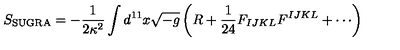
S _ { \mathrm { S U G R A } } = - { \frac { 1 } { 2 \kappa ^ { 2 } } } \int d ^ { 1 1 } x \sqrt { - g } \left( R + { \frac { 1 } { 2 4 } } F _ { I J K L } F ^ { I J K L } + \cdots \right)